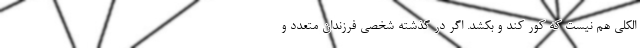
الکلی هم نیست که کور کند و بکشد. اگر در گذشته شخصی فرزندان متعدد و